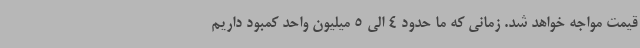
قیمت مواجه خواهد شد. زمانی که ما حدود 4 الی 5 میلیون واحد کمبود داریم